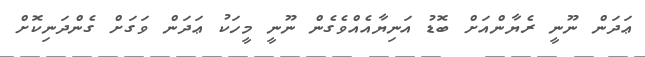
ޢަދަން ނޫނީ ރެޔާންއަށް ބޮޑު އަނިޔާއެއްވެގެން ނޫނީ މީހަކު ޢަދަން ވަގަށް ގެންދަނިކޮށް